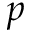
p